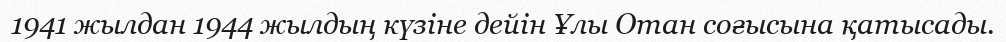
1941 жылдан 1944 жылдың күзіне дейін Ұлы Отан соғысына қатысады.